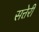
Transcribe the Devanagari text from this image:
सत्तेरी